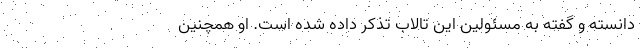
دانسته و گفته به مسئولین‌ این تالاب تذکر داده شده است‌. او همچنین